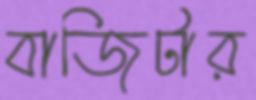
বাজিটার